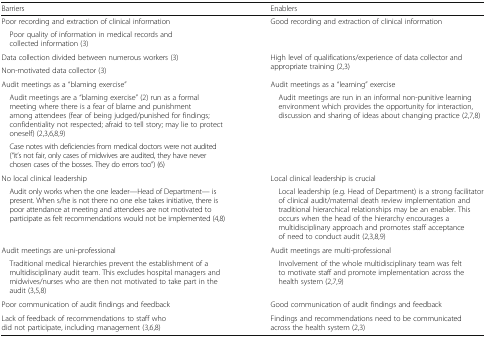
<table><thead><tr><td><b>Barriers</b></td><td><b>Enablers</b></td></tr></thead><tbody><tr><td>Poor recording and extraction of clinical information Poor quality of information in medical records and collected information (3)</td><td>Good recording and extraction of clinical information</td></tr><tr><td>Data collection divided between numerous workers (3)Non-motivated data collector (3)</td><td>High level of qualifications/experience of data collector and appropriate training (2,3)</td></tr><tr><td>Audit meetings as a “blaming exercise” Audit meetings are a “blaming exercise” (2) run as a formal meeting where there is a fear of blame and punishment among attendees (fear of being judged/punished for findings; confidentiality not respected; afraid to tell story; may lie to protect oneself) (2,3,6,8,9) Case notes with deficiencies from medical doctors were not audited (“it’s not fair, only cases of midwives are audited, they have never chosen cases of the bosses. They do errors too”) (6)</td><td>Audit meetings as a “learning” exercise Audit meetings are run in an informal non-punitive learning environment which provides the opportunity for interaction, discussion and sharing of ideas about changing practice (2,7,8)</td></tr><tr><td>No local clinical leadership Audit only works when the one leader—Head of Department— is present. When s/he is not there no one else takes initiative, there is poor attendance at meeting and attendees are not motivated to participate as felt recommendations would not be implemented (4,8)</td><td>Local clinical leadership is crucial Local leadership (e.g. Head of Department) is a strong facilitator of clinical audit/maternal death review implementation and traditional hierarchical relationships may be an enabler. This occurs when the head of the hierarchy encourages a multidisciplinary approach and promotes staff acceptance of need to conduct audit (2,3,8,9)</td></tr><tr><td>Audit meetings are uni-professional Traditional medical hierarchies prevent the establishment of a multidisciplinary audit team. This excludes hospital managers and midwives/nurses who are then not motivated to take part in the audit (3,5,8)</td><td>Audit meetings are multi-professional Involvement of the whole multidisciplinary team was felt to motivate staff and promote implementation across the health system (2,7,9)</td></tr><tr><td>Poor communication of audit findings and feedback</td><td>Good communication of audit findings and feedback</td></tr><tr><td>Lack of feedback of recommendations to staff who did not participate, including management (3,6,8)</td><td>Findings and recommendations need to be communicated across the health system (2,3)</td></tr></tbody></table>